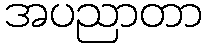
အပညာတာ